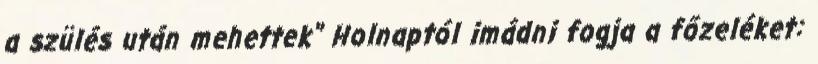
a szülés után mehettek" Holnaptól imádni fogja a főzeléket: